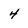
Character: 4